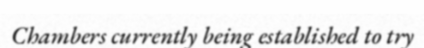
Chambers currently being established to try